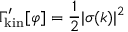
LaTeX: \Gamma _ { \mathrm { k i n } } ^ { \prime } [ \varphi ] = { \frac { 1 } { 2 } } | \sigma ( k ) | ^ { 2 }